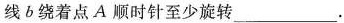
线 b 绕着点 A 顺时针至少旋转___.